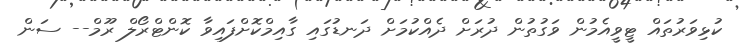
ކުޅިވަރުތައް ޓީވީއެމުން ވަގުތުން ދުރަށް ދެއްކުމަށް ދަނޑުގައި ގާއިމްކޮށްފައިވާ ކޮންޓްރޯލް ރޫމް-- ސަން